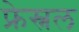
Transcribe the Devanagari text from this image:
फ्रेस्नल